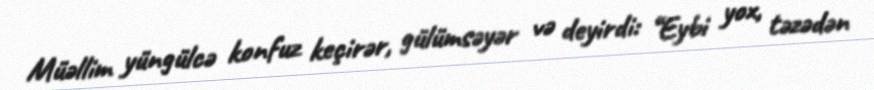
Müəllim yüngülcə konfuz keçirər, gülümsəyər və deyirdi: “Eybi yox, təzədən